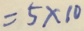
= 5 \times 1 0